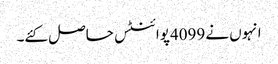
انہوں نے 4099پوائنٹس حاصل کئے۔